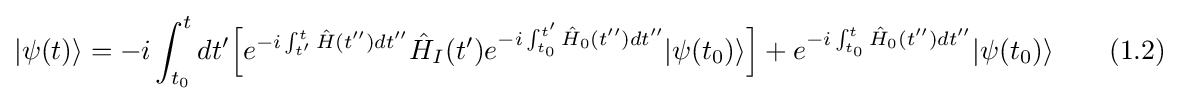
|\psi (t)\rangle =-i\int _{t_{0}}^{t}dt'{\Big [}e^{-i\int _{t'}^{t}{\hat {H}}(t'')dt''}{\hat {H}}_{I}(t')e^{-i\int _{t_{0}}^{t'}{\hat {H}}_{0}(t'')dt''}|\psi (t_{0})\rangle {\Big ]}+e^{-i\int _{t_{0}}^{t}{\hat {H}}_{0}(t'')dt''}|\psi (t_{0})\rangle \qquad (1.2)